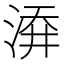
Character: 㴁